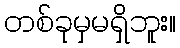
တစ်ခုမှမရှိဘူး။